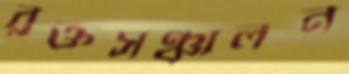
রক্তসঞ্চালন